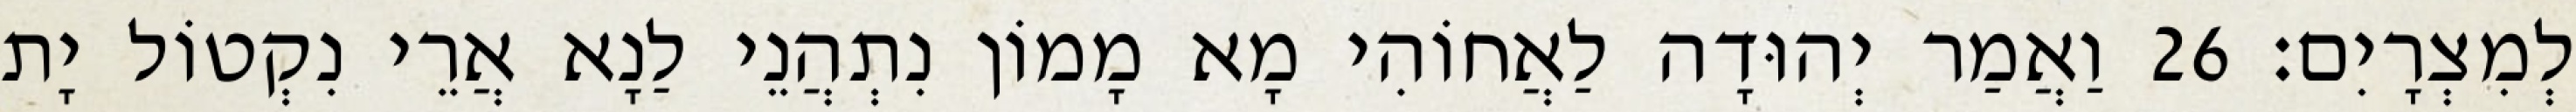
לְמִצְרָיִם׃ 26 וַאֲמַר יְהוּדָה לַאֲחוֹהִי מָא מָמוֹן נִתְהֲנֵי לַנָא אֲרֵי נִקְטוֹל יָת